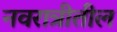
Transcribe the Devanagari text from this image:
नवरात्रीतील